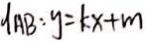
1 A B : y = k x + m